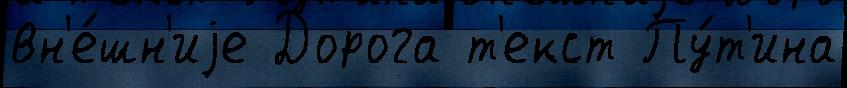
вн'е́шн'иjе Дорога т'екст Пу́т'ина